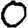
Digit: 0